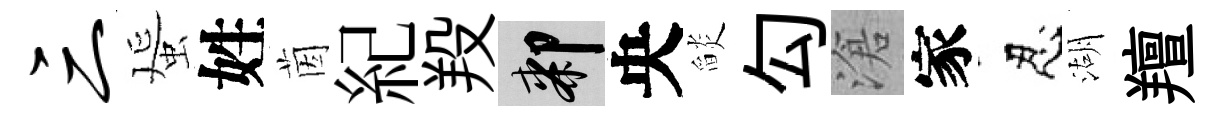
三蜑姓茵紀羖膝央𦦨勾滄家忍湖羶